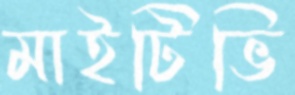
মাইটিভি